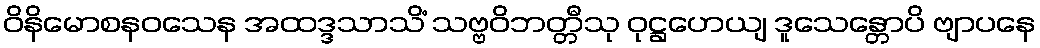
ဝိနိမောစနဝသေန အထဒ္ဒသာသိံ သဗ္ဗဝိဘတ္တီသု ဝုဋ္ဌဟေယျ ဒူသေန္တောပိ ဗျာပနေ